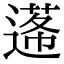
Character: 𨕷